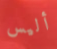
أليس